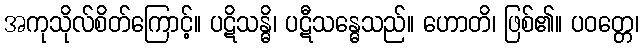
အကုသိုလ်စိတ်ကြောင့်။ ပဋိသန္ဓိ၊ ပဋီသန္ဓေသည်။ ဟောတိ၊ ဖြစ်၏။ ပဝတ္တေ၊